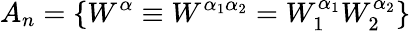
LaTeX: {\mathbf\cal A}_{n}=\left\{ W^{\alpha}\equiv W^{\alpha_{1}\alpha_{2}}=W_{1}^{\alpha_{1}}W_{2}^{\alpha_{2}}\right\}